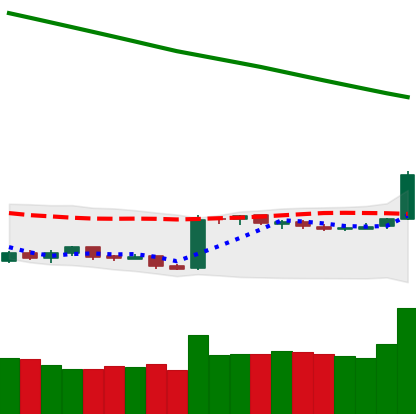
Ticker: BTC-USD
Chart end date: 2019-02-18
Forward return: 5.792%
Label: up_5_7